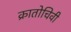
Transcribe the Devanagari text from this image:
क्रातोचिवी